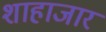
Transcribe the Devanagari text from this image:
शाहाजार